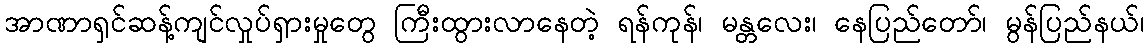
အာဏာရှင်ဆန့်ကျင်လှုပ်ရှားမှုတွေ ကြီးထွားလာနေတဲ့ ရန်ကုန်၊ မန္တလေး၊ နေပြည်တော်၊ မွန်ပြည်နယ်၊